Annual returns of the Patna Lunatic Asylum at Bankipore in Bihar and Orissa - 1912-1924
Year: 1912
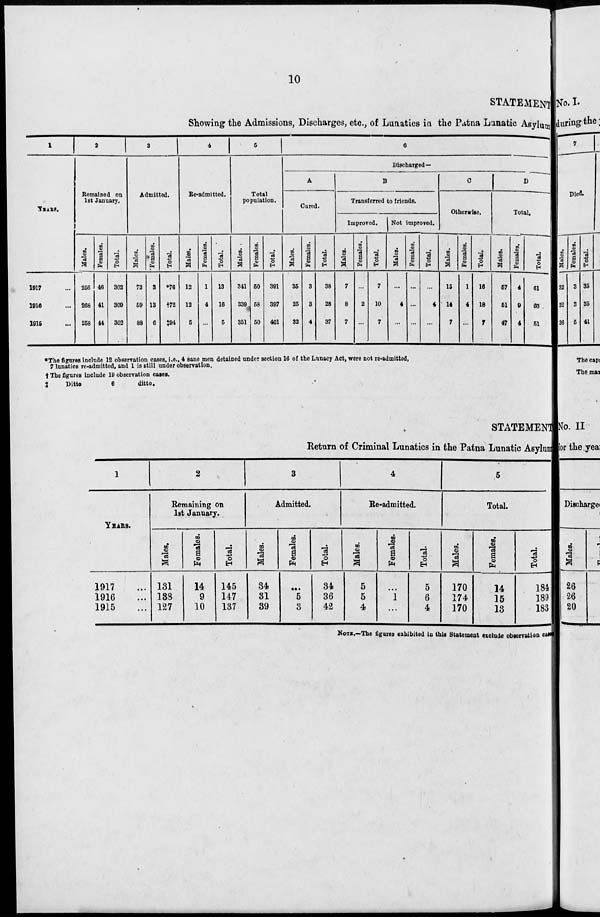
10
STATEMENT
Showing the Admissions, Discharges, etc., of Lunatics in the Patna Lunatic Asylum
1
YEARS.
1917 ...
1916 ...
1915 ...
2
Remained on
1st January.
Males.
256
268
258
Females.
46
41
44
Total.
302
309
302
3
Admitted.
Males.
73
59
88
Females.
3
13
6
Total.
*76
†72
‡94
4
Re-admitted.
Males.
12
12
5
Females.
1
4
...
Total.
13
16
5
5
Total
population.
Males.
341
339
351
Females.
50
58
50
Total.
391
397
401
6
Discharged—
A
Cured.
Males.
35
25
32
Females.
3
3
4
Total.
38
28
37
B
Transferred to friends.
Improved.
Males.
7
8
7
Females.
...
2
...
Total.
7
10
7
Not improved.
Males.
...
4
...
Females.
...
...
...
Total.
...
4
...
C
Otherwise.
Males.
15
14
7
Females.
1
4
...
Total.
16
18
7
D
Total.
Males.
57
51
47
Females.
4
9
4
Total.
61
60
51
* The figures include 12 observation cases, i.e., 4 sane men detained under section 16 of the Lunacy Act, were not re-admitted,
7 lunatics re-admitted, and 1 is still under observation.
† The figures include 19 observation cases.
‡
Ditto
6
ditto.
STATEMENT
Return of Criminal Lunatics in the Patna Lunatic Asylum
1
YEARS.
1917 ...
1916 ...
1915 ...
2
Remaining on
1st January.
Males.
131
138
127
Females.
14
9
10
Total.
145
147
137
3
Admitted.
Males.
34
31
39
Females.
...
5
3
Total.
34
36
42
4
Re-admitted.
Males.
5
5
4
Females.
...
1
...
Total.
5
6
4
5
Total.
Males.
170
174
170
Females.
14
15
13
Total.
184
189
183
NOTE.—The figures exhibited in this Statement exclude observation cases